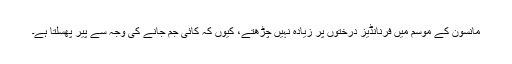
مانسون کے موسم میں فرنانڈیز درختوں پر زیادہ نہیں چڑھتے، کیوں کہ کائی جم جانے کی وجہ سے پیر پھسلتا ہے۔